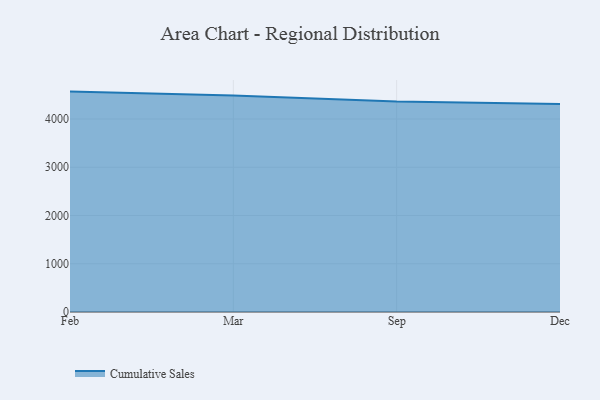
{"axis": {"x": "Month", "y": "Latency (ms)"}, "legend": ["Cumulative Sales"], "data": [{"x": "Feb", "y": 4568.7, "type": "Cumulative Sales"}, {"x": "Mar", "y": 4490.0, "type": "Cumulative Sales"}, {"x": "Sep", "y": 4361.5, "type": "Cumulative Sales"}, {"x": "Dec", "y": 4311.0, "type": "Cumulative Sales"}]}